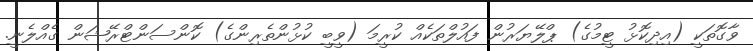
ވާގޮތަކީ (އިދިކޮޅު ޓީމުގެ) ޕްލޭޔަރުން ފައުލްތަކެއް ކުރީމަ (ވީބީ ކުޅުންތެރިންގެ) ކޮންސަންޓްރޭޝަން ގެެއްލެނީ.